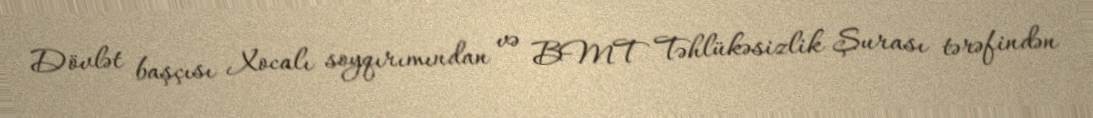
Dövlət başçısı Xocalı soyqırımından və BMT Təhlükəsizlik Şurası tərəfindən